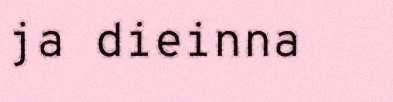
ja dieinna